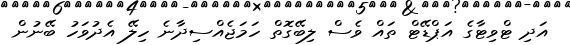
އަދި ޓްވިޓާގެ އަޕްޑޭޓް ތައް ވެސް ލިބޭގޮތް ހަމަޖެއްސިދާނެ ހިލޭ އެދުވަހު ބޭނުން